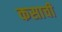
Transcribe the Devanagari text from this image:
कसाची